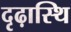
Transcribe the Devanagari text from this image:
दृढ़ास्थि